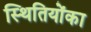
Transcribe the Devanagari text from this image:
स्थितियोंका